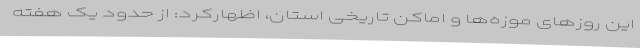
این روزهای موزه‌ها و اماکن تاریخی استان، اظهارکرد: از حدود یک هفته